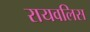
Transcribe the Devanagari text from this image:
रायवलिस